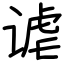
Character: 谑